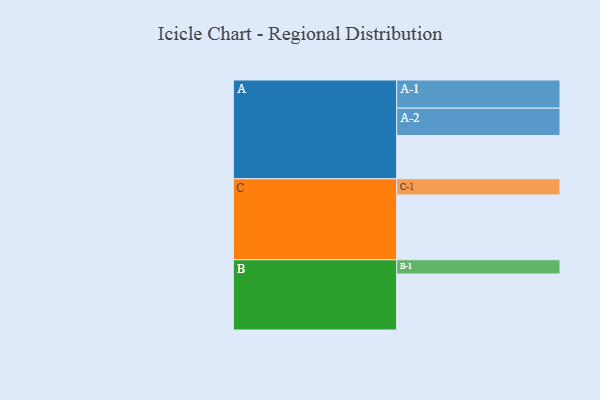
{"axis": {"x": "Segment", "y": "Value"}, "legend": ["", "A", "B", "C"], "data": [{"x": "A", "y": 360, "type": ""}, {"x": "B", "y": 465, "type": ""}, {"x": "C", "y": 538, "type": ""}, {"x": "A-1", "y": 234, "type": "A"}, {"x": "A-2", "y": 227, "type": "A"}, {"x": "B-1", "y": 119, "type": "B"}, {"x": "C-1", "y": 135, "type": "C"}]}